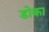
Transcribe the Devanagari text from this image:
डोका